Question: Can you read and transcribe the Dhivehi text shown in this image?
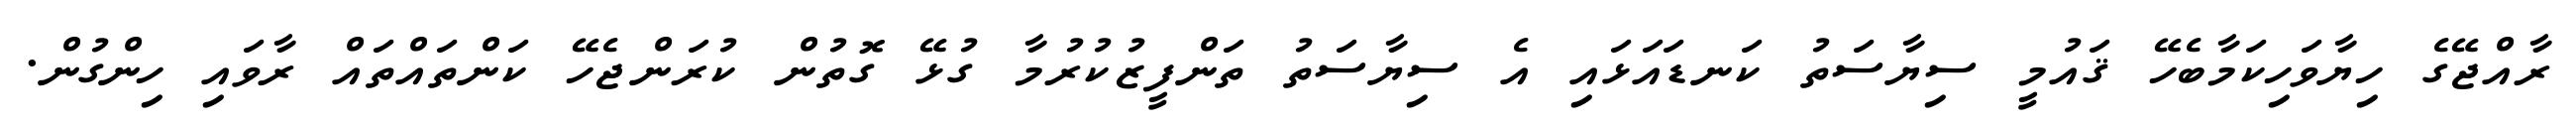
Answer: ރާއްޖޭގެ ހިޔާވަހިކަމާބެހޭ ޤައުމީ ސިޔާސަތު ކަނޑައަޅައި އެ ސިޔާސަތު ތަންފީޒުކުރުމާ ގުޅޭ ގޮތުން ކުރަންޖެހޭ ކަންތައްތައް ރާވައި ހިންގުން.